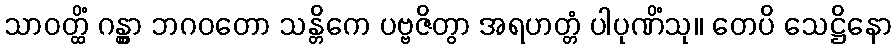
သာဝတ္ထိံ ဂန္တွာ ဘဂဝတော သန္တိကေ ပဗ္ဗဇိတွာ အရဟတ္တံ ပါပုဏိံသု။ တေပိ သေဋ္ဌိနော